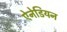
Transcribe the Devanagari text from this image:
ऐनेडियन